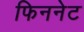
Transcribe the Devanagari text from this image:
फिननेट